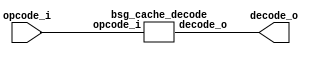
// This program was cloned from: https://github.com/chipsalliance/synlig
// License: Apache License 2.0



module top
(
  opcode_i,
  decode_o
);

  input [5:0] opcode_i;
  output [20:0] decode_o;

  bsg_cache_decode
  wrapper
  (
    .opcode_i(opcode_i),
    .decode_o(decode_o)
  );


endmodule



module bsg_cache_decode
(
  opcode_i,
  decode_o
);

  input [5:0] opcode_i;
  output [20:0] decode_o;
  wire [20:0] decode_o;
  wire N0,N1,N2,N3,N4,N5,N6,N7,N8,N9,N10,N11,N12,N13,N14,N15,N16,N17,N18,N19,N20,N21,
  N22,N23,N24,N25,N26,N27,N28,N29,N30,N31,N32,N33,N34,N35,N36,N37,N38,N39,N40,N41,
  N42,N43,N44,N45,N46,N47,N48,N49,N50,N51,N52,N53,N54,N55,N56,N57,N58,N59,N60,N61,
  N62,N63,N64,N65,N66,N67,N68,N69,N70,N71,N72,N73,N74,N75,N76,N77,N78,N79,N80,N81,
  N82,N83,N84,N85,N86,N87,N88,N89,N90,N91,N92,N93,N94,N95,N96,N97,N98,N99,N100,N101,
  N102,N103,N104,N105,N106,N107,N108,N109,N110,N111,N112,N113,N114,N115,N116,N117,
  N118,N119,N120,N121,N122,N123,N124,N125,N126,N127,N128,N129,N130,N131,N132,N133,
  N134,N135,N136,N137,N138,N139,N140,N141,N142,N143,N144,N146,N147,N148,N150,N152,
  N153,N154,N155,N156,N158,N160,N161,N163,N165,N166,N167,N168,N170,N171,N172,N173,
  N174,N175,N176,N177,N178,N179,N180,N181,N182,N183,N184,N185,N186,N187,N188,N189,
  N190,N191,N192,N193,N194,N195,N196,N197,N198,N199,N200,N201,N202,N203,N204,N205,
  N206,N207,N208,N209,N210,N211,N212,N214,N215,N216,N217,N218,N219,N220,N221,N222,
  N223,N224,N225,N226,N227,N228,N229,N230,N231,N232,N233,N234,N235,N236,N237,N238,
  N239,N240,N241,N242,N243,N244,N245,N246,N247,N248,N249,N250,N251,N252,N253,N254,
  N255,N256,N257,N258,N259,N260,N261,N262,N263,N264,N265,N266,N267,N268,N269,N270,
  N271,N272,N273,N274,N275,N276,N277,N278,N279,N280,N281,N282,N283,N284,N285,N286,
  N287,N288,N289,N290,N291,N292,N293,N294,N295,N296,N297;
  assign N17 = N80 | N138;
  assign N18 = opcode_i[3] | opcode_i[2];
  assign N19 = opcode_i[1] | opcode_i[0];
  assign N20 = N17 | N18;
  assign N21 = N20 | N19;
  assign N22 = opcode_i[1] | N139;
  assign N23 = N20 | N22;
  assign N24 = N146 | N139;
  assign N25 = N20 | N24;
  assign N26 = opcode_i[3] | N165;
  assign N27 = N17 | N26;
  assign N28 = N27 | N19;
  assign N29 = N146 | opcode_i[0];
  assign N30 = N20 | N29;
  assign N31 = N27 | N22;
  assign N32 = N27 | N29;
  assign N33 = N27 | N24;
  assign N34 = N152 | opcode_i[2];
  assign N35 = N17 | N34;
  assign N36 = N35 | N19;
  assign N37 = opcode_i[5] | opcode_i[4];
  assign N38 = N37 | N18;
  assign N39 = N38 | N24;
  assign N40 = N37 | N34;
  assign N41 = N40 | N24;
  assign N42 = N37 | N26;
  assign N43 = N42 | N24;
  assign N45 = N80 | opcode_i[4];
  assign N46 = N45 | N18;
  assign N47 = N46 | N19;
  assign N48 = N46 | N22;
  assign N49 = N46 | N24;
  assign N50 = N45 | N26;
  assign N51 = N50 | N19;
  assign N52 = N46 | N29;
  assign N53 = N50 | N22;
  assign N54 = N50 | N29;
  assign N55 = N50 | N24;
  assign N56 = N45 | N34;
  assign N57 = N56 | N19;
  assign N58 = N38 | N29;
  assign N59 = N40 | N29;
  assign N60 = N42 | N29;
  assign N62 = N38 | N22;
  assign N63 = N40 | N22;
  assign N64 = N42 | N22;
  assign N66 = N80 & N138;
  assign N67 = N152 & N165;
  assign N68 = N146 & N139;
  assign N69 = N66 & N67;
  assign N70 = N69 & N68;
  assign N71 = N40 | N19;
  assign N72 = N42 | N19;
  assign N74 = opcode_i[5] & opcode_i[3];
  assign N75 = N74 & opcode_i[0];
  assign N76 = N74 & opcode_i[1];
  assign N77 = opcode_i[3] & opcode_i[2];
  assign N78 = N80 & opcode_i[4];
  assign N81 = N138 & N152;
  assign N82 = N165 & N146;
  assign N83 = N81 & N82;
  assign N84 = N83 & N139;
  assign N85 = N138 | opcode_i[3];
  assign N86 = opcode_i[2] | opcode_i[1];
  assign N87 = N85 | N86;
  assign N88 = N87 | opcode_i[0];
  assign N90 = opcode_i[4] | opcode_i[3];
  assign N91 = N90 | N86;
  assign N92 = N91 | N139;
  assign N93 = N87 | N139;
  assign N95 = opcode_i[2] | N146;
  assign N96 = N90 | N95;
  assign N97 = N96 | opcode_i[0];
  assign N98 = N85 | N95;
  assign N99 = N98 | opcode_i[0];
  assign N101 = N96 | N139;
  assign N102 = N98 | N139;
  assign N104 = N165 | opcode_i[1];
  assign N105 = N90 | N104;
  assign N106 = N105 | opcode_i[0];
  assign N107 = N85 | N104;
  assign N108 = N107 | opcode_i[0];
  assign N110 = N105 | N139;
  assign N111 = N107 | N139;
  assign N113 = N165 | N146;
  assign N114 = N90 | N113;
  assign N115 = N114 | opcode_i[0];
  assign N116 = N85 | N113;
  assign N117 = N116 | opcode_i[0];
  assign N119 = N114 | N139;
  assign N120 = N116 | N139;
  assign N122 = opcode_i[4] | N152;
  assign N123 = N122 | N86;
  assign N124 = N123 | opcode_i[0];
  assign N125 = N138 | N152;
  assign N126 = N125 | N86;
  assign N127 = N126 | opcode_i[0];
  assign N129 = opcode_i[3] & opcode_i[0];
  assign N130 = opcode_i[3] & opcode_i[1];
  assign N138 = ~opcode_i[4];
  assign N139 = ~opcode_i[0];
  assign N140 = N138 | opcode_i[5];
  assign N141 = opcode_i[3] | N140;
  assign N142 = opcode_i[2] | N141;
  assign N143 = opcode_i[1] | N142;
  assign N144 = N139 | N143;
  assign decode_o[13] = ~N144;
  assign N146 = ~opcode_i[1];
  assign N147 = N146 | N142;
  assign N148 = opcode_i[0] | N147;
  assign decode_o[12] = ~N148;
  assign N150 = N139 | N147;
  assign decode_o[11] = ~N150;
  assign N152 = ~opcode_i[3];
  assign N153 = N152 | N140;
  assign N154 = opcode_i[2] | N153;
  assign N155 = opcode_i[1] | N154;
  assign N156 = opcode_i[0] | N155;
  assign decode_o[10] = ~N156;
  assign N158 = N139 | N155;
  assign decode_o[9] = ~N158;
  assign N160 = N146 | N154;
  assign N161 = opcode_i[0] | N160;
  assign decode_o[8] = ~N161;
  assign N163 = N139 | N160;
  assign decode_o[7] = ~N163;
  assign N165 = ~opcode_i[2];
  assign N166 = N165 | N153;
  assign N167 = opcode_i[1] | N166;
  assign N168 = opcode_i[0] | N167;
  assign decode_o[6] = ~N168;
  assign N170 = opcode_i[4] | opcode_i[5];
  assign N171 = opcode_i[3] | N170;
  assign N172 = opcode_i[2] | N171;
  assign N173 = opcode_i[1] | N172;
  assign N174 = opcode_i[0] | N173;
  assign N175 = ~N174;
  assign N176 = N139 | N173;
  assign N177 = ~N176;
  assign N178 = N146 | N172;
  assign N179 = opcode_i[0] | N178;
  assign N180 = ~N179;
  assign N181 = N139 | N178;
  assign N182 = ~N181;
  assign N183 = N152 | N170;
  assign N184 = N165 | N183;
  assign N185 = opcode_i[1] | N184;
  assign N186 = opcode_i[0] | N185;
  assign N187 = ~N186;
  assign N188 = N139 | N185;
  assign N189 = ~N188;
  assign N190 = N165 | N171;
  assign N191 = opcode_i[1] | N190;
  assign N192 = opcode_i[0] | N191;
  assign N193 = ~N192;
  assign N194 = N139 | N191;
  assign N195 = ~N194;
  assign N196 = N146 | N190;
  assign N197 = opcode_i[0] | N196;
  assign N198 = ~N197;
  assign N199 = N139 | N196;
  assign N200 = ~N199;
  assign N201 = opcode_i[2] | N183;
  assign N202 = opcode_i[1] | N201;
  assign N203 = opcode_i[0] | N202;
  assign N204 = ~N203;
  assign N205 = N139 | N202;
  assign N206 = ~N205;
  assign N207 = N146 | N201;
  assign N208 = opcode_i[0] | N207;
  assign N209 = ~N208;
  assign N210 = N139 | N207;
  assign N211 = ~N210;
  assign N212 = opcode_i[0] | N143;
  assign decode_o[14] = ~N212;
  assign decode_o[20:19] = (N0)? { 1'b1, 1'b1 } : 
                           (N1)? { 1'b1, 1'b0 } : 
                           (N2)? { 1'b0, 1'b1 } : 
                           (N3)? { 1'b0, 1'b0 } : 
                           (N4)? { 1'b0, 1'b0 } : 1'b0;
  assign N0 = N44;
  assign N1 = N61;
  assign N2 = N65;
  assign N3 = N73;
  assign N4 = N79;
  assign { N135, N134, N133, N132 } = (N5)? { 1'b0, 1'b0, 1'b0, 1'b0 } : 
                                      (N6)? { 1'b0, 1'b0, 1'b0, 1'b1 } : 
                                      (N7)? { 1'b0, 1'b0, 1'b1, 1'b0 } : 
                                      (N8)? { 1'b0, 1'b0, 1'b1, 1'b1 } : 
                                      (N9)? { 1'b0, 1'b1, 1'b0, 1'b0 } : 
                                      (N10)? { 1'b0, 1'b1, 1'b0, 1'b1 } : 
                                      (N11)? { 1'b0, 1'b1, 1'b1, 1'b0 } : 
                                      (N12)? { 1'b0, 1'b1, 1'b1, 1'b1 } : 
                                      (N13)? { 1'b1, 1'b0, 1'b0, 1'b0 } : 
                                      (N14)? { 1'b0, 1'b0, 1'b0, 1'b0 } : 1'b0;
  assign N5 = N89;
  assign N6 = N94;
  assign N7 = N100;
  assign N8 = N103;
  assign N9 = N109;
  assign N10 = N112;
  assign N11 = N118;
  assign N12 = N121;
  assign N13 = N128;
  assign N14 = N131;
  assign decode_o[4:0] = (N15)? { N137, N135, N134, N133, N132 } : 
                         (N16)? { 1'b0, 1'b0, 1'b0, 1'b0, 1'b0 } : 1'b0;
  assign N15 = opcode_i[5];
  assign N16 = N80;
  assign N44 = N234 | N235;
  assign N234 = N232 | N233;
  assign N232 = N230 | N231;
  assign N230 = N228 | N229;
  assign N228 = N226 | N227;
  assign N226 = N224 | N225;
  assign N224 = N222 | N223;
  assign N222 = N220 | N221;
  assign N220 = N218 | N219;
  assign N218 = N216 | N217;
  assign N216 = N214 | N215;
  assign N214 = ~N21;
  assign N215 = ~N23;
  assign N217 = ~N25;
  assign N219 = ~N28;
  assign N221 = ~N30;
  assign N223 = ~N31;
  assign N225 = ~N32;
  assign N227 = ~N33;
  assign N229 = ~N36;
  assign N231 = ~N39;
  assign N233 = ~N41;
  assign N235 = ~N43;
  assign N61 = N256 | N257;
  assign N256 = N254 | N255;
  assign N254 = N252 | N253;
  assign N252 = N250 | N251;
  assign N250 = N248 | N249;
  assign N248 = N246 | N247;
  assign N246 = N244 | N245;
  assign N244 = N242 | N243;
  assign N242 = N240 | N241;
  assign N240 = N238 | N239;
  assign N238 = N236 | N237;
  assign N236 = ~N47;
  assign N237 = ~N48;
  assign N239 = ~N49;
  assign N241 = ~N51;
  assign N243 = ~N52;
  assign N245 = ~N53;
  assign N247 = ~N54;
  assign N249 = ~N55;
  assign N251 = ~N57;
  assign N253 = ~N58;
  assign N255 = ~N59;
  assign N257 = ~N60;
  assign N65 = N260 | N261;
  assign N260 = N258 | N259;
  assign N258 = ~N62;
  assign N259 = ~N63;
  assign N261 = ~N64;
  assign N73 = N263 | N264;
  assign N263 = N70 | N262;
  assign N262 = ~N71;
  assign N264 = ~N72;
  assign N79 = N75 | N266;
  assign N266 = N76 | N265;
  assign N265 = N77 | N78;
  assign decode_o[17] = N187 | N189;
  assign decode_o[18] = N269 | decode_o[4];
  assign N269 = N268 | N182;
  assign N268 = N267 | N180;
  assign N267 = N175 | N177;
  assign decode_o[16] = N276 | N187;
  assign N276 = N275 | N200;
  assign N275 = N274 | N198;
  assign N274 = N273 | N195;
  assign N273 = N272 | N193;
  assign N272 = N271 | N182;
  assign N271 = N270 | N180;
  assign N270 = N175 | N177;
  assign decode_o[15] = N279 | N189;
  assign N279 = N278 | N211;
  assign N278 = N277 | N209;
  assign N277 = N204 | N206;
  assign decode_o[5] = ~decode_o[14];
  assign N80 = ~opcode_i[5];
  assign N89 = N84 | N280;
  assign N280 = ~N88;
  assign N94 = N281 | N282;
  assign N281 = ~N92;
  assign N282 = ~N93;
  assign N100 = N283 | N284;
  assign N283 = ~N97;
  assign N284 = ~N99;
  assign N103 = N285 | N286;
  assign N285 = ~N101;
  assign N286 = ~N102;
  assign N109 = N287 | N288;
  assign N287 = ~N106;
  assign N288 = ~N108;
  assign N112 = N289 | N290;
  assign N289 = ~N110;
  assign N290 = ~N111;
  assign N118 = N291 | N292;
  assign N291 = ~N115;
  assign N292 = ~N117;
  assign N121 = N293 | N294;
  assign N293 = ~N119;
  assign N294 = ~N120;
  assign N128 = N295 | N296;
  assign N295 = ~N124;
  assign N296 = ~N127;
  assign N131 = N129 | N297;
  assign N297 = N130 | N77;
  assign N136 = ~N131;
  assign N137 = N136;

endmodule